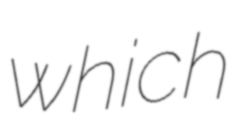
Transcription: which